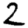
Digit: 2